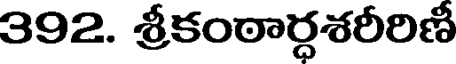
392. శ్రీకంఠార్ధశరీరిణి